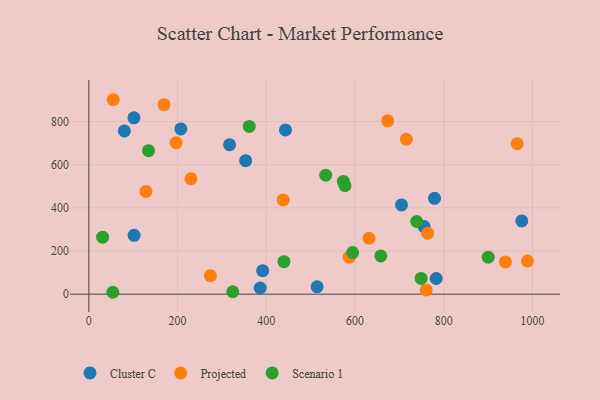
{"axis": {"x": "Speed", "y": "Rating"}, "legend": ["Cluster C", "Projected", "Scenario 1"], "data": [{"x": "353.5", "y": 618.8, "type": "Cluster C"}, {"x": "704.8", "y": 413.5, "type": "Cluster C"}, {"x": "514.5", "y": 34.4, "type": "Cluster C"}, {"x": "783.0", "y": 72.6, "type": "Cluster C"}, {"x": "779.3", "y": 444.3, "type": "Cluster C"}, {"x": "443.2", "y": 761.1, "type": "Cluster C"}, {"x": "101.9", "y": 272.7, "type": "Cluster C"}, {"x": "386.2", "y": 28.6, "type": "Cluster C"}, {"x": "80.0", "y": 756.6, "type": "Cluster C"}, {"x": "755.8", "y": 313.4, "type": "Cluster C"}, {"x": "976.0", "y": 339.3, "type": "Cluster C"}, {"x": "391.8", "y": 109.0, "type": "Cluster C"}, {"x": "207.4", "y": 765.9, "type": "Cluster C"}, {"x": "317.2", "y": 692.3, "type": "Cluster C"}, {"x": "101.6", "y": 817.0, "type": "Cluster C"}, {"x": "169.4", "y": 878.0, "type": "Projected"}, {"x": "196.7", "y": 701.7, "type": "Projected"}, {"x": "715.7", "y": 717.9, "type": "Projected"}, {"x": "673.7", "y": 803.2, "type": "Projected"}, {"x": "939.1", "y": 149.5, "type": "Projected"}, {"x": "760.5", "y": 19.8, "type": "Projected"}, {"x": "128.7", "y": 476.0, "type": "Projected"}, {"x": "586.9", "y": 171.5, "type": "Projected"}, {"x": "54.9", "y": 901.0, "type": "Projected"}, {"x": "988.6", "y": 153.7, "type": "Projected"}, {"x": "274.0", "y": 85.7, "type": "Projected"}, {"x": "437.9", "y": 436.5, "type": "Projected"}, {"x": "965.7", "y": 697.5, "type": "Projected"}, {"x": "763.8", "y": 282.3, "type": "Projected"}, {"x": "631.7", "y": 259.1, "type": "Projected"}, {"x": "230.1", "y": 534.8, "type": "Projected"}, {"x": "54.0", "y": 8.8, "type": "Scenario 1"}, {"x": "573.7", "y": 522.6, "type": "Scenario 1"}, {"x": "439.8", "y": 150.5, "type": "Scenario 1"}, {"x": "534.0", "y": 551.4, "type": "Scenario 1"}, {"x": "324.4", "y": 11.2, "type": "Scenario 1"}, {"x": "594.6", "y": 192.9, "type": "Scenario 1"}, {"x": "361.6", "y": 777.5, "type": "Scenario 1"}, {"x": "658.1", "y": 177.1, "type": "Scenario 1"}, {"x": "31.0", "y": 264.3, "type": "Scenario 1"}, {"x": "749.0", "y": 73.0, "type": "Scenario 1"}, {"x": "900.3", "y": 171.6, "type": "Scenario 1"}, {"x": "134.4", "y": 664.9, "type": "Scenario 1"}, {"x": "577.4", "y": 503.2, "type": "Scenario 1"}, {"x": "739.1", "y": 336.8, "type": "Scenario 1"}]}